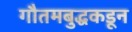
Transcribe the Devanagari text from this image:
गौतमबुद्धकडून